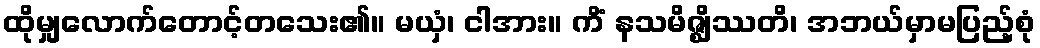
ထိုမျှလောက်တောင့်တသေး၏။ မယှံ၊ ငါအား။ ကိံ နသမိဇ္ဈိဿတိ၊ အဘယ်မှာမပြည့်စုံ